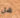
هل